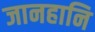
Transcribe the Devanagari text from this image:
जानहानि